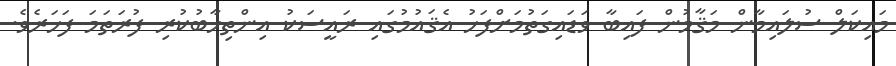
މައިކަލް ސުލައިމާން މަޤާމުން ފައިބާ ވަޑައިގަތުމަށްފަހު އެޤައުމުގައި ރައީސަކު އިންތިހާބުކުރި ފުރަތަމަ ފަހަރެވެ.